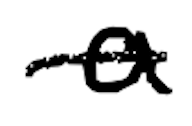
Text: a
Cross-out: mix
Writing tool: digital_black